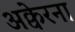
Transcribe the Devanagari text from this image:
अक्वेरना